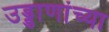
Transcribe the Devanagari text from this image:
उड्डाणांच्या